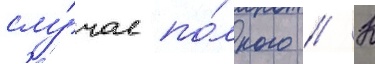
слу́чае по́лного // К